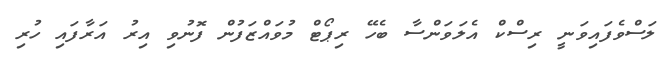
ލަސްވެފައިވަނީ ރިސްކް އެލަވަންސާ ބެހޭ ރިޕޯޓް މުވައްޒަފުން ފޮނުވި އިރު އަރާފައި ހުރި